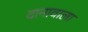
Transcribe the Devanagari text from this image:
दानावाला